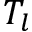
T _ { l }